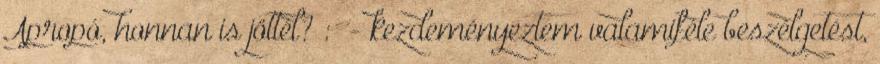
Apropó, honnan is jöttél? : - kezdeményeztem valamiféle beszélgetést,